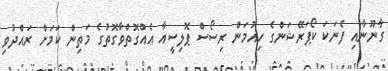
ގާނޫނާއި ފެނަކަ ކޯޕަރޭޝަންގެ ހިއުމަން ރިސޯސް ޕޮލިސީއާ އެއްގޮތްވާގޮތުގެ މަތިން ކަމަށް ރައްދުވި